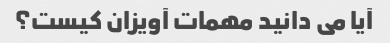
آیا می دانید مهمات آویزان کیست؟